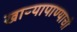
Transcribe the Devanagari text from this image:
खाऱ्यापाण्याची